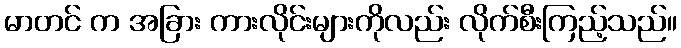
မာတင် က အခြား ကားလိုင်းများကိုလည်း လိုက်စီးကြည့်သည်။